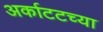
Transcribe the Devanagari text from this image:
अर्काटटच्या